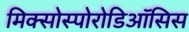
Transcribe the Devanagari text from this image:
मिक्सोस्पोरोडिऑसिस